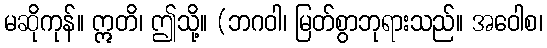
မဆိုကုန်။ ဣတိ၊ ဤသို့။ (ဘဂဝါ၊ မြတ်စွာဘုရားသည်။ အဝေါစ၊